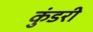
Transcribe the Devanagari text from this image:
कुंडरी